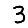
Digit: 3